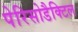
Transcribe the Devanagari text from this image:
पेरिसोडैक्टिल